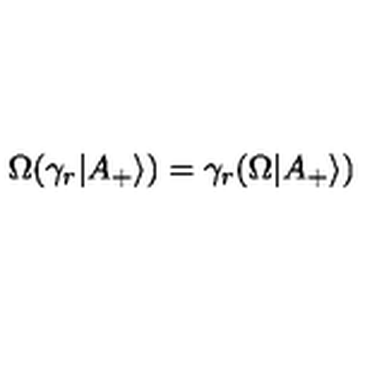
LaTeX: \Omega ( \gamma _ { r } | A _ { + } \rangle ) = \gamma _ { r } ( \Omega | A _ { + } \rangle )